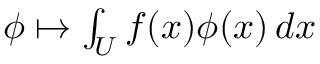
\phi \mapsto \textstyle \int _ { U } f ( x ) \phi ( x ) \, d x